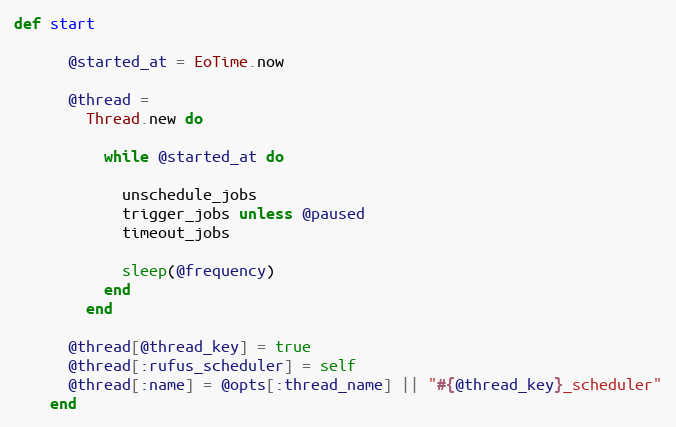
Language: Ruby
def start

      @started_at = EoTime.now

      @thread =
        Thread.new do

          while @started_at do

            unschedule_jobs
            trigger_jobs unless @paused
            timeout_jobs

            sleep(@frequency)
          end
        end

      @thread[@thread_key] = true
      @thread[:rufus_scheduler] = self
      @thread[:name] = @opts[:thread_name] || "#{@thread_key}_scheduler"
    end